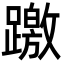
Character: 躈